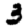
Digit: 3